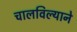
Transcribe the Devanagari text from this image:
चालविल्याने